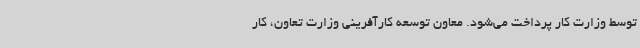
توسط وزارت کار پرداخت می‌شود. معاون توسعه کارآفرینی وزارت تعاون، کار